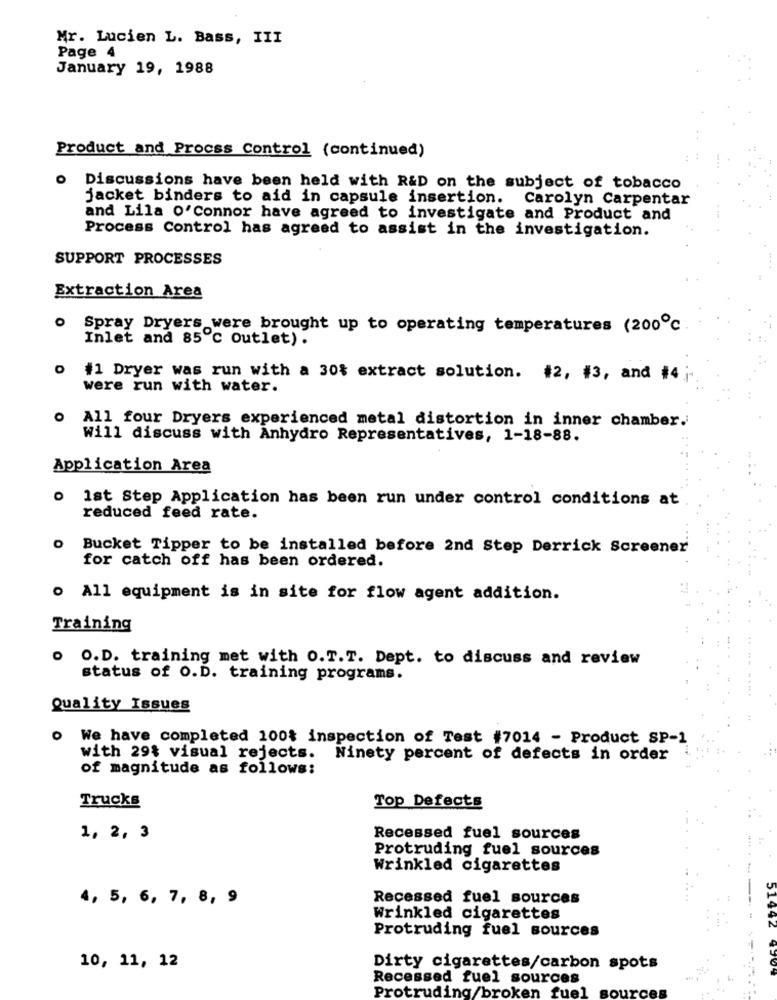
Mr. Lucien L. Bass, III
Page 4
January 19, 1988
Product and Procss Control (continued)
Discussions have been held with R&D on the subject of tobacco
jacket binders to aid in capsule insertion. Carolyn Carpentar
and Lila O'Connor have agreed to investigate and Product and
Process Control has agreed to assist in the investigation.
SUPPORT PROCESSES
Extraction Area
0
Spray Dryers were brought up to operating temperatures (200℃
Inlet and 85℃ Outlet).
0 #1 Dryer was run with a 30% extract solution. #2, #3, and #4
were run with water.
All four Dryers experienced metal distortion in inner chamber.
Will discuss with Anhydro Representatives, 1-18-88.
Application Area
O
1st Step Application has been run under control conditions at
reduced feed rate.
o Bucket Tipper to be installed before 2nd Step Derrick Screener
for catch off has been ordered.
o All equipment is in site for flow agent addition.
Training
. O.D. training met with O.T.T. Dept. to discuss and review
status of O.D. training programs.
Quality Issues
o We have completed 100% inspection of Test #7014 - Product SP-1
with 29% visual rejects.
Ninety percent of defects in order
of magnitude as follows:
Top Defects
Trucks
1, 2, 3
Recessed fuel sources
Protruding fuel sources
Wrinkled cigarettes
4, 5, 6, 7, 8, 9
Recessed fuel sources
Wrinkled cigarettes
Protruding fuel sources
10, 11, 12
Dirty cigarettes/carbon spots
Recessed fuel sources
Protruding/broken fuel